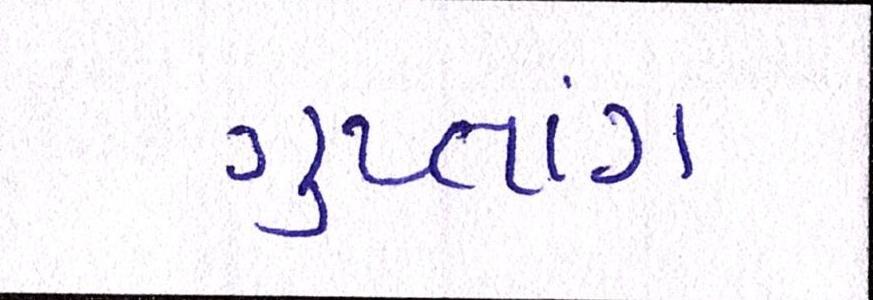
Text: ગુપ્તાંગ